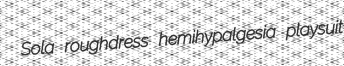
Sola roughdress hemihypalgesia playsuit